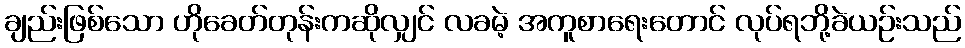
ချည်းဖြစ်သော ဟိုခေတ်တုန်းကဆိုလျှင် လခမဲ့ အကူစာရေးတောင် လုပ်ရဘို့ခဲယဉ်းသည်